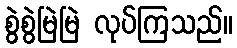
စွဲစွဲမြဲမြဲ လုပ်ကြသည်။